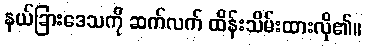
နယ်ခြားဒေသကို ဆက်လက် ထိန်းသိမ်းထားလို၏။